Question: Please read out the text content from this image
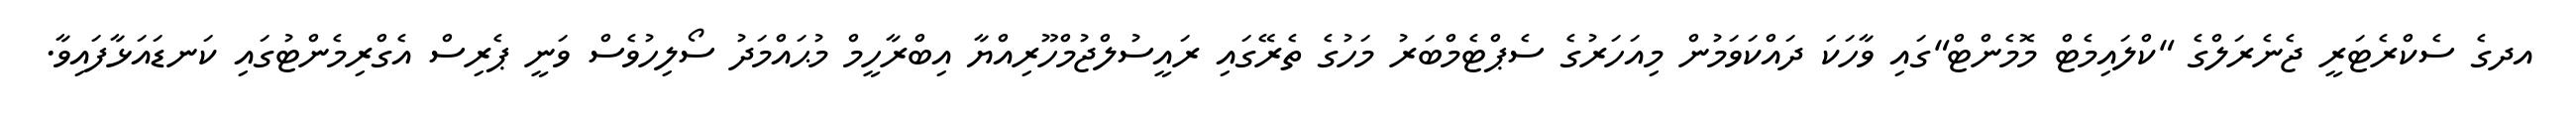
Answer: އދގެ ސެކްރެޓަރީ ޖެނެރަލްގެ "ކްލައިމެޓް މޮމެންޓް"ގައި ވާހަކަ ދައްކަވަމުން މިއަހަރުގެ ސެޕްޓެމްބަރު މަހުގެ ތެރޭގައި ރައީސުލްޖުމްހޫރިއްޔާ އިބްރާހީމް މުޙައްމަދު ސޯލިހުވެސް ވަނީ ޕެރިސް އެގްރިމެންޓުގައި ކަނޑައަޅާފައިވާ.